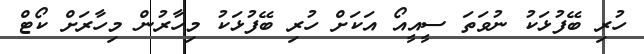
ހުރި ބޭފުޅަކު ނުވަތަ ސީއީއޯ އަކަށް ހުރި ބޭފުޅަކު މިހާރުން މިހާރަށް ކޯޓް